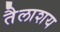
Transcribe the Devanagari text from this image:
तैलाशय